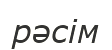
рәсім